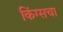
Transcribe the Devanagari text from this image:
किंग्सचा